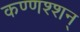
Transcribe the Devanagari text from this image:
कण्णश्शन्